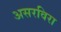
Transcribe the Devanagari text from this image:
असरविरा